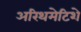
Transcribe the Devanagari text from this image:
अरिथमेटिशे